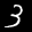
Label: 3